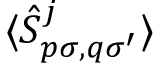
\langle \hat { S } _ { p \sigma , q \sigma ^ { \prime } } ^ { j } \rangle